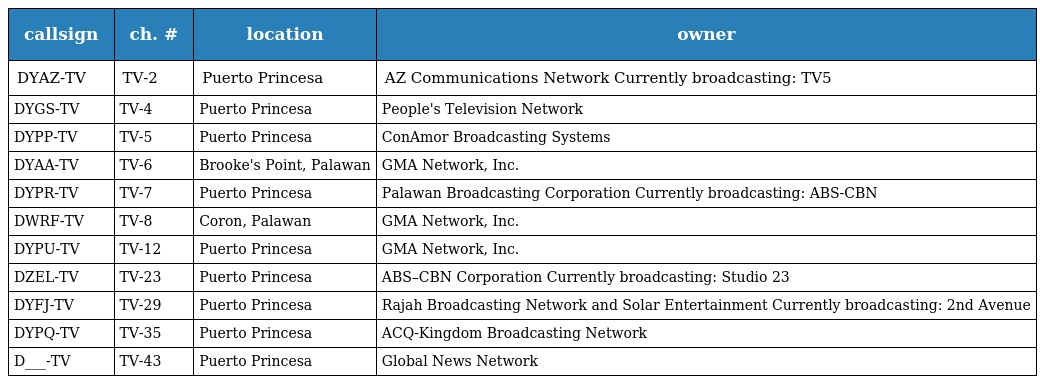
| callsign | ch. # | location | owner |
 | --- | --- | --- | --- |
 | DYAZ-TV | TV-2 | Puerto Princesa | AZ Communications Network Currently broadcasting: TV5 |
 | DYGS-TV | TV-4 | Puerto Princesa | People's Television Network |
 | DYPP-TV | TV-5 | Puerto Princesa | ConAmor Broadcasting Systems |
 | DYAA-TV | TV-6 | Brooke's Point, Palawan | GMA Network, Inc. |
 | DYPR-TV | TV-7 | Puerto Princesa | Palawan Broadcasting Corporation Currently broadcasting: ABS-CBN |
 | DWRF-TV | TV-8 | Coron, Palawan | GMA Network, Inc. |
 | DYPU-TV | TV-12 | Puerto Princesa | GMA Network, Inc. |
 | DZEL-TV | TV-23 | Puerto Princesa | ABS–CBN Corporation Currently broadcasting: Studio 23 |
 | DYFJ-TV | TV-29 | Puerto Princesa | Rajah Broadcasting Network and Solar Entertainment Currently broadcasting: 2nd Avenue |
 | DYPQ-TV | TV-35 | Puerto Princesa | ACQ-Kingdom Broadcasting Network |
 | D___-TV | TV-43 | Puerto Princesa | Global News Network |